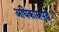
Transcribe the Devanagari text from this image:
अधिकारापुढे